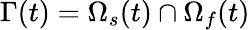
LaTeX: \Gamma(t)=\Omega_{s}(t)\cap\Omega_{f}(t)